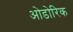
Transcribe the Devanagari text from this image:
ओडोरिक